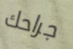
جراحك